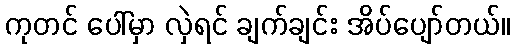
ကုတင် ပေါ်မှာ လှဲရင် ချက်ချင်း အိပ်ပျော်တယ်။